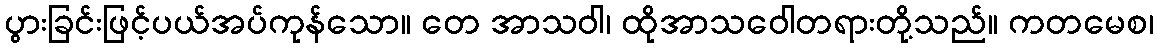
ပွားခြင်းဖြင့်ပယ်အပ်ကုန်သော။ တေ အာသဝါ၊ ထိုအာသဝေါတရားတို့သည်။ ကတမေစ၊